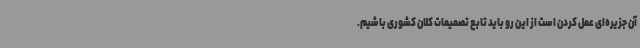
آن جزیره‌ای عمل کردن است از این رو باید تابع تصمیمات کلان کشوری باشیم.